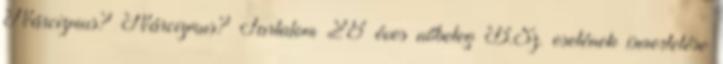
Nárcizmus? Nárcizmus? Tartalom 28 éves nőbeteg B.Sz. esetének ismertetése